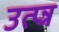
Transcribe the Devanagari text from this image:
उत्प्न्न